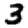
Digit: 3